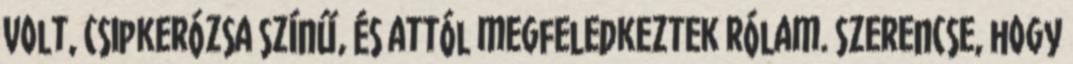
volt, csipkerózsa színű, és attól megfeledkeztek rólam. Szerencse, hogy